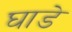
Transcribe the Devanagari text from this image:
घाडे